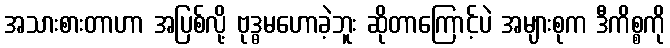
အသားစားတာဟာ အပြစ်လို့ ဗုဒ္ဓမဟောခဲ့ဘူး ဆိုတာကြောင့်ပဲ အများစုက ဒီကိစ္စကို